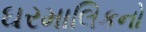
ઘરમાલિકનો